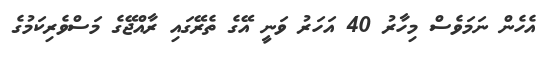
އެހެން ނަމަވެސް މިހާރު 40 އަހަރު ވަނީ އޭގެ ތެރޭގައި ރާއްޖޭގެ މަސްވެރިކަމުގެ